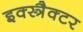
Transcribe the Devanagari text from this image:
इक्स्त्रैक्टर